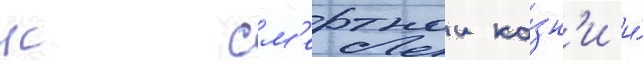
к см'ертнои ка́зн'и и́